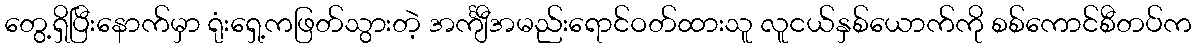
တွေ့ရှိပြီးနောက်မှာ ရုံးရှေ့ကဖြတ်သွားတဲ့ အင်္ကျီအမည်းရောင်ဝတ်ထားသူ လူငယ်နှစ်ယောက်ကို စစ်ကောင်စီတပ်က